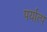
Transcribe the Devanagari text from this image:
पर्यात्प